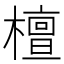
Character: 檀